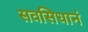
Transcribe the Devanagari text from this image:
सवसिधानं